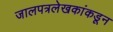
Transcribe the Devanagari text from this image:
जालपत्रलेखकांकडून